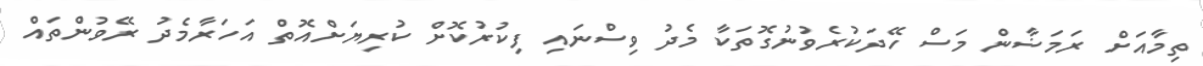
ތިމާއަށް ރަމަޟާން މަސް ހޭދަކުރެވުނުގޮތަކާ މެދު ވިސްނައި ފިކުރުކޮށް ކުރިޔަށްއޮތް އަހަރާމެދު ރޭވުންތައް